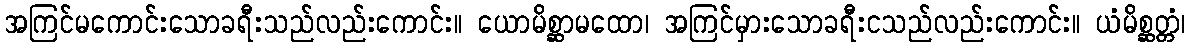
အကြင်မကောင်းသောခရီးသည်လည်းကောင်း။ ယောမိစ္ဆာမထော၊ အကြင်မှားသောခရီးငသည်လည်းကောင်း။ ယံမိစ္ဆတ္တံ၊